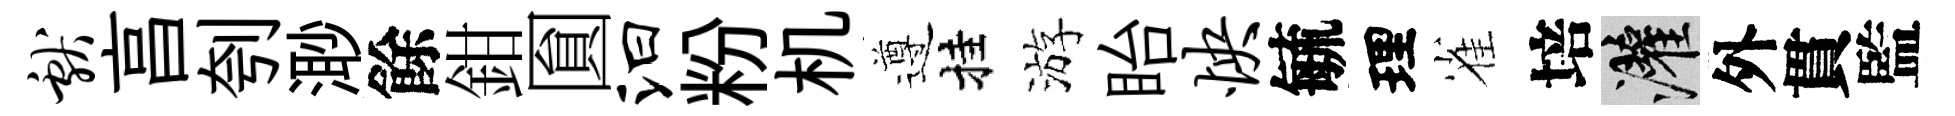
献亯刳𣺌餘鉗圎汩粉机遵挂游眙怏毓理雀培灌外貫監